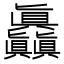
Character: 𰦌